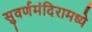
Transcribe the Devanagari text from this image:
सुवर्णमंदिरामध्ये